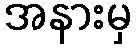
အနားမှ